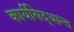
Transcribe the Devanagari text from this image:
कार्यसिद्धान्त